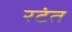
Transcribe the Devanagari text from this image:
रटंत